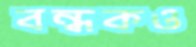
বন্ধকও